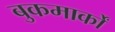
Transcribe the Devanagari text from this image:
बुकमार्कों